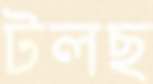
টলছ